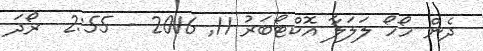
ދެން ހޯހޯ ލަލަލާ އޮކްޓޯބަރު 11